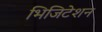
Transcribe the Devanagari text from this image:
भिजिटेशन